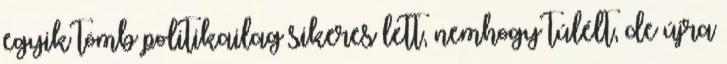
egyik tömb politikailag sikeres lett, nemhogy túlélt, de újra